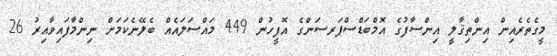
މީގެތެރެއިން އިންތިޤާލީ އިންސާފުގެ އޮމްބަޑްސްޕަރސަންގެ އޮފީހުން 449 މައްސަލައެއް ބެލޭނެކަމަށް ނިންމާފައިވާއިރު 26